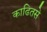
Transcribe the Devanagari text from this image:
काढितसे